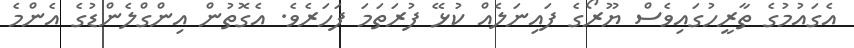
އެގައުމުގެ ތާރީހުގައިވެސް ޔޫރޯގެ ފައިނަލެއް ކުޅޭ ފުރަތަމަ ފަހަރެވެ. އެގޮތުން އިންގްލެންޑުގެ އެންމެ